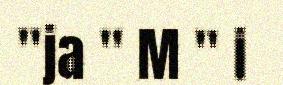
"ja " M " i